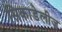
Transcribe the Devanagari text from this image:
सिकाडेलीज़